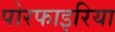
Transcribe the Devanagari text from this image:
पोरफाइरिया